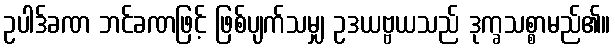
ဥပါဒ်ခဏ ဘင်ခဏဖြင့် ဖြစ်ပျက်သမျှ ဥဒယဗ္ဗယသည် ဒုက္ခသစ္စာမည်၏။